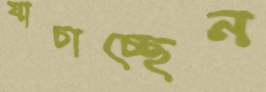
যাচাচ্ছেন